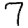
Digit: 7